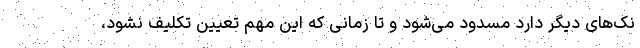
نک‌های دیگر دارد مسدود می‌شود و تا زمانی که این مهم تعیین تکلیف نشود،